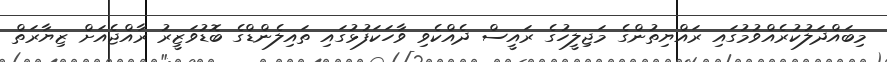
މިބައްދަލުކުރެއްވުމުގައި ރައްޔިތުންގެ މަޖިލީހުގެ ރައީސް ދެއްކެވި ވާހަކަފުޅުގައި ތައިލެންޑްގެ ބޮޑުވަޒީރު ރާއްޖެއަށް ޒިޔާރަތް